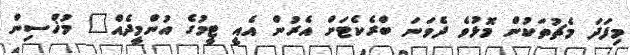
މިފަދަ މެޗުތަކުން މޮޅުވެ ދެވަނަ ބްރެކެޓަށް އެރުން އެއީ ޓީމުގެ އުންމީދެއް" މުޚްސިން